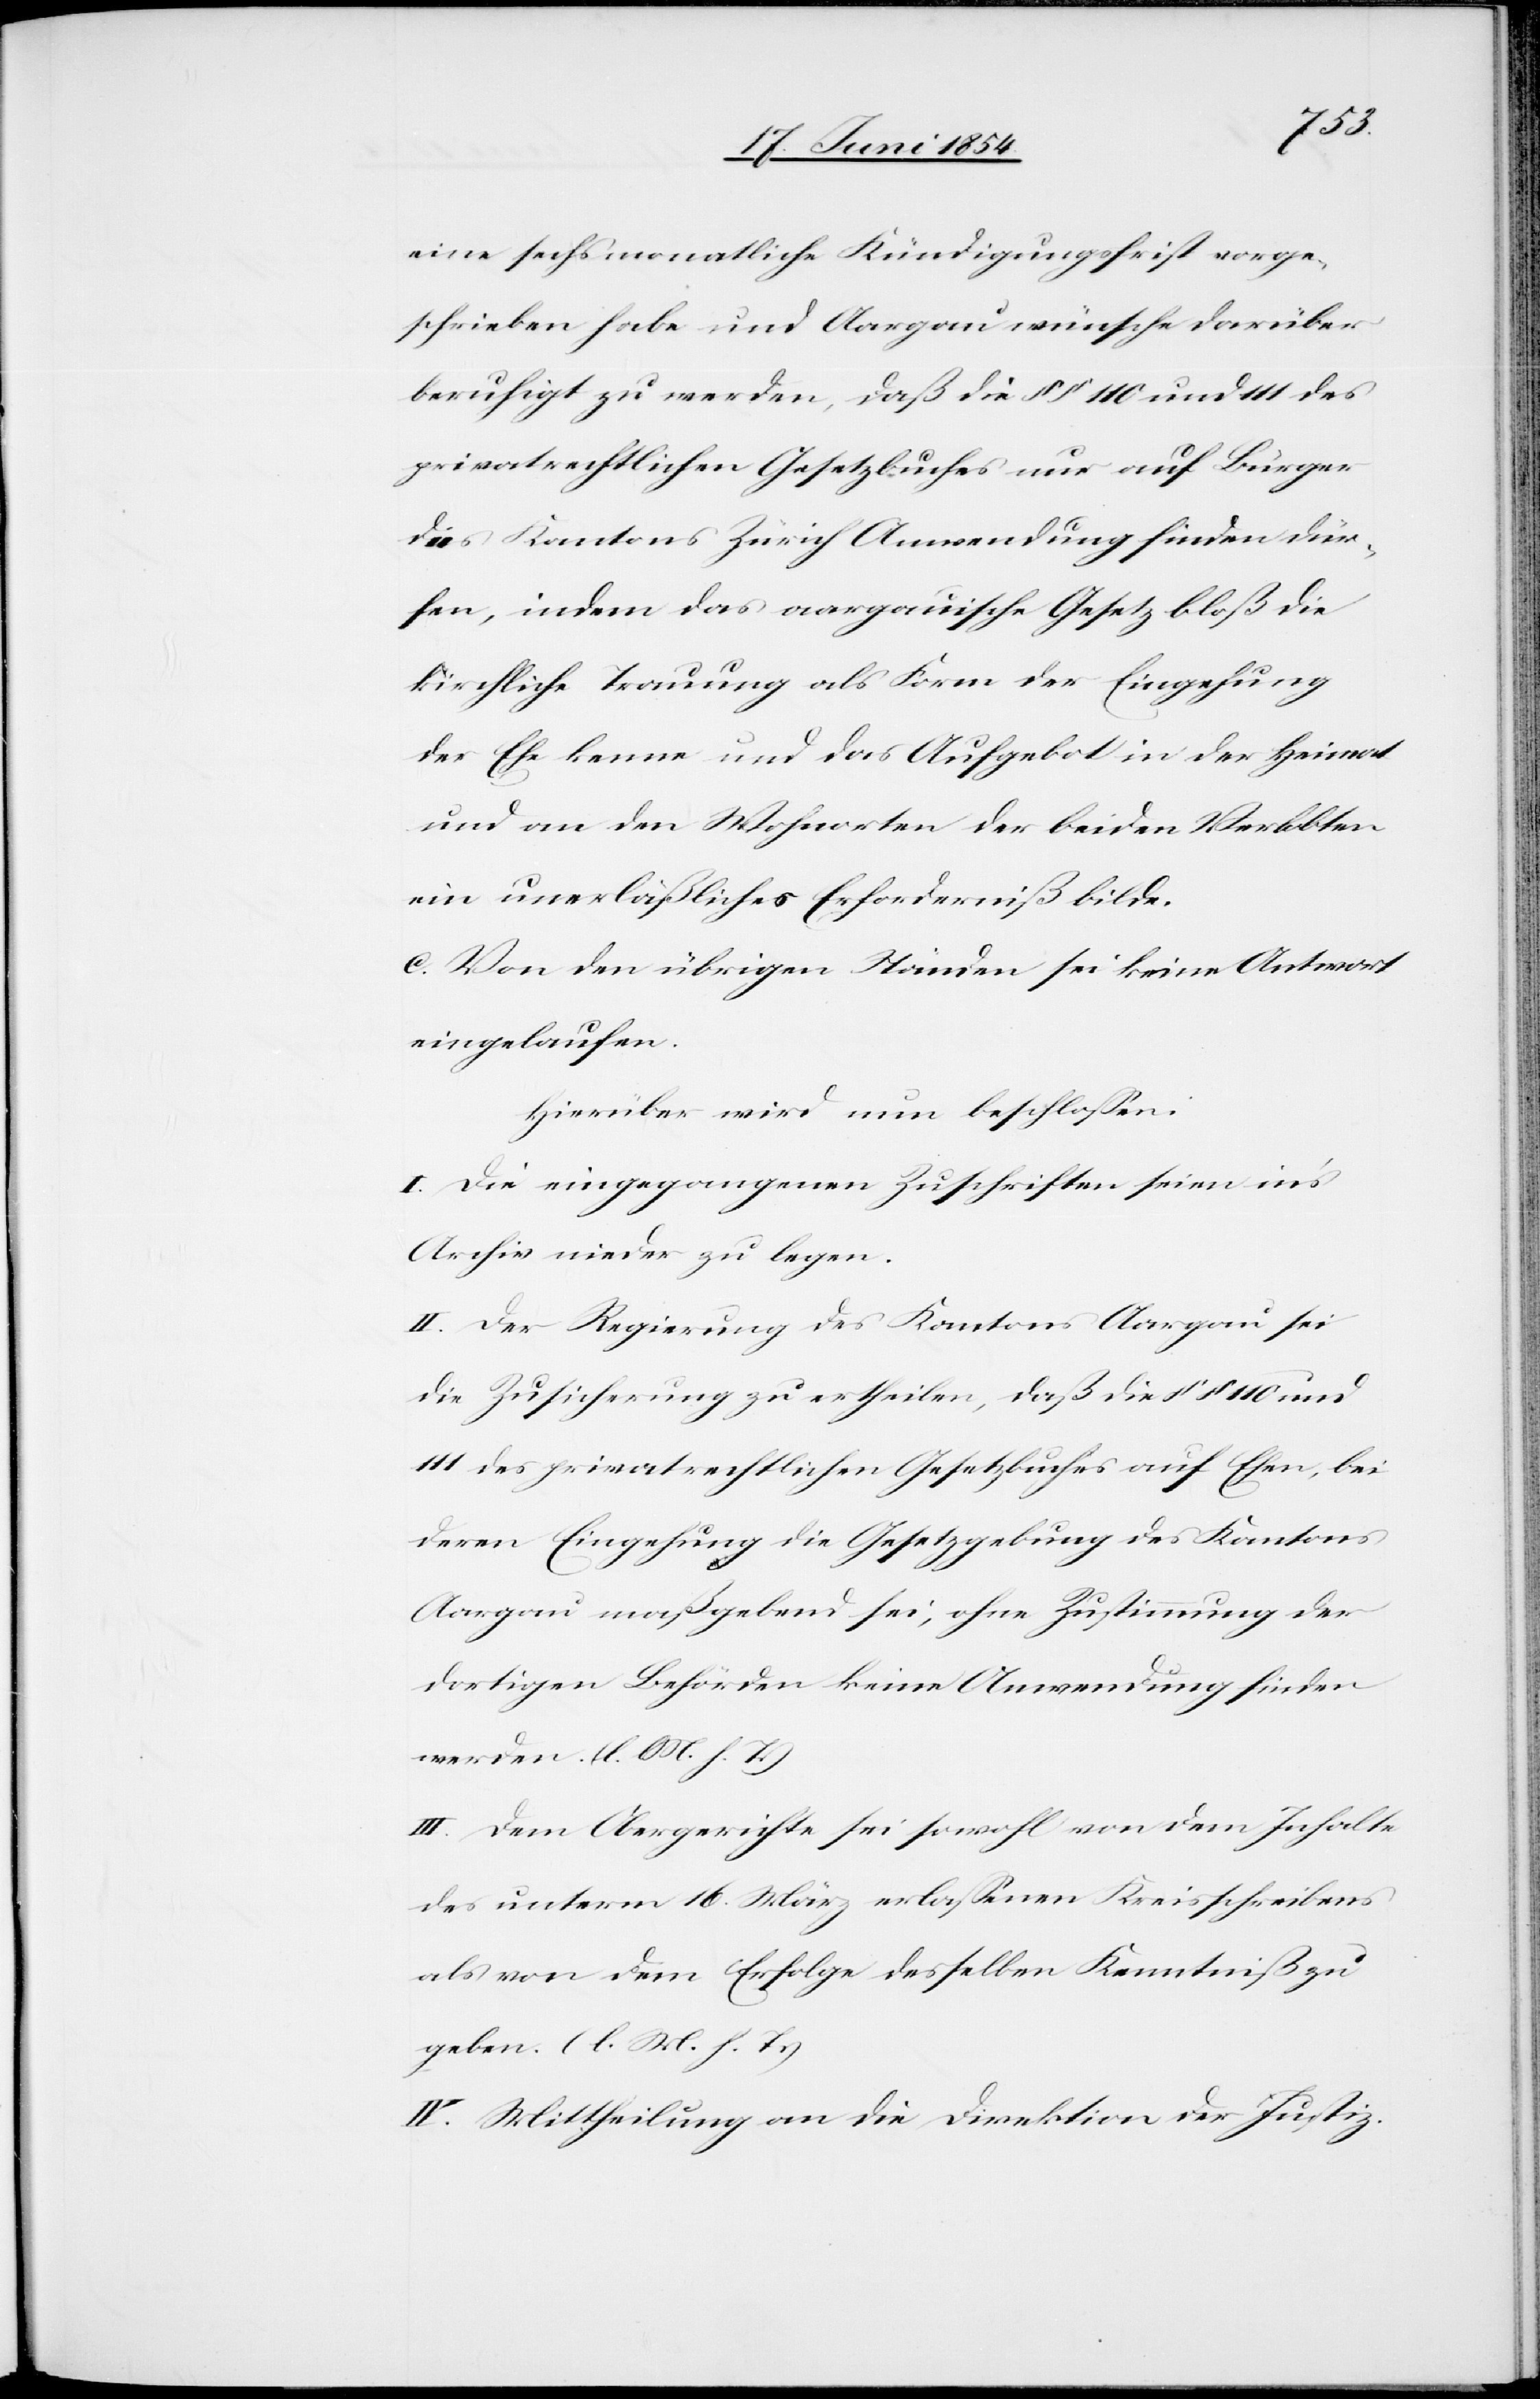
eine sechs monatliche Kündigungsfrist vorge¬
schrieben habe und Aargau wünsche darüber
beruhigt zu werden, daß die § § 110 und 111 des
privatrechtlichen Gesetzbuches nur auf Bürger
des Kantons Zürich Anwendung finden dür¬
fen, indem das aargauische Gesetz bloß die
kirchliche Trauung als Form der Eingehung
der Ehe kenne und das Aufgebot in der Heimat
und an den Wohnorten der beiden Verlobten
ein unerläßliches Erforderniß bilde.
c.[)] Von den übrigen Ständen sei keine Antwort
eingelaufen.
Hierüber wird nun beschloßen:
I. Die eingegangenen Zuschriften seien in’s
Archiv nieder zu legen.
II. Der Regierung des Kantons Aargau sei
die Zusicherung zu ertheilen, daß die § § 110 und
111 des privatrechtlichen Gesetzbuches auf Ehen, bei
deren Eingehung die Gesetzgebung des Kantons
Aargau maßgebend sei, ohne Zustimmung der
dortigen Behörden keine Anwendung finden
werden. (l. M. h. T.)
III. Dem Obergerichte sei sowohl von dem Inhalte
des unterm 16. März erlaßenen Kreisschreibens
als von dem Erfolge desselben Kenntniß zu
geben. (l. M. h. T.)
IV. Mittheilung an die Direktion der Justiz.